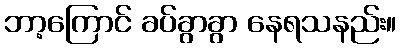
ဘာ့ကြောင် ခပ်ခွာခွာ နေရသနည်း။